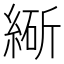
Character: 𬗩